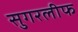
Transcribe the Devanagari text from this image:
सुगरलीफ